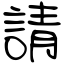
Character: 請